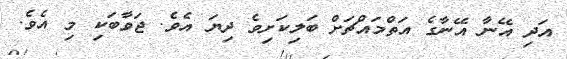
އަދި އޭނާ އޭނާގެ އަތްމައްޗަށް ބަލިކަށިވެ ދިޔަ އެވެ. ޖަވާބަކި މި އެވެ.